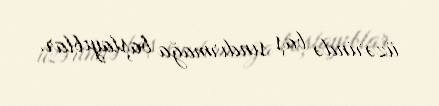
üzərində baş sındırmağa başlayıblar.